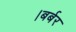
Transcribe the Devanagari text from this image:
।बर्बर